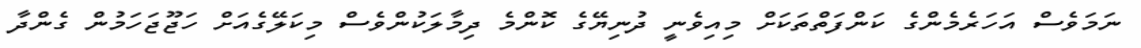
ނަމަވެސް އަހަރެމެންގެ ކަންފަތްތަކަށް މިއިވެނީ ދުނިޔޭގެ ކޮންމެ ދިމާލަކުންވެސް މިކަލޭގެއަށް ހަޖޫޖަހަމުން ގެންދާ